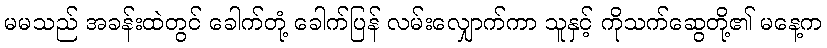
မမသည် အခန်းထဲတွင် ခေါက်တုံ့ ခေါက်ပြန် လမ်းလျှောက်ကာ သူနှင့် ကိုသက်ဆွေတို့၏ မနေ့က